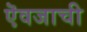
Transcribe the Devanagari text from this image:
ऎवजाची